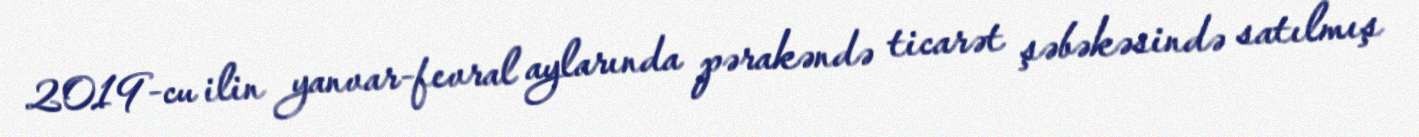
2019-cu ilin yanvar-fevral aylarında pərakəndə ticarət şəbəkəsində satılmış